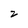
Character: 2